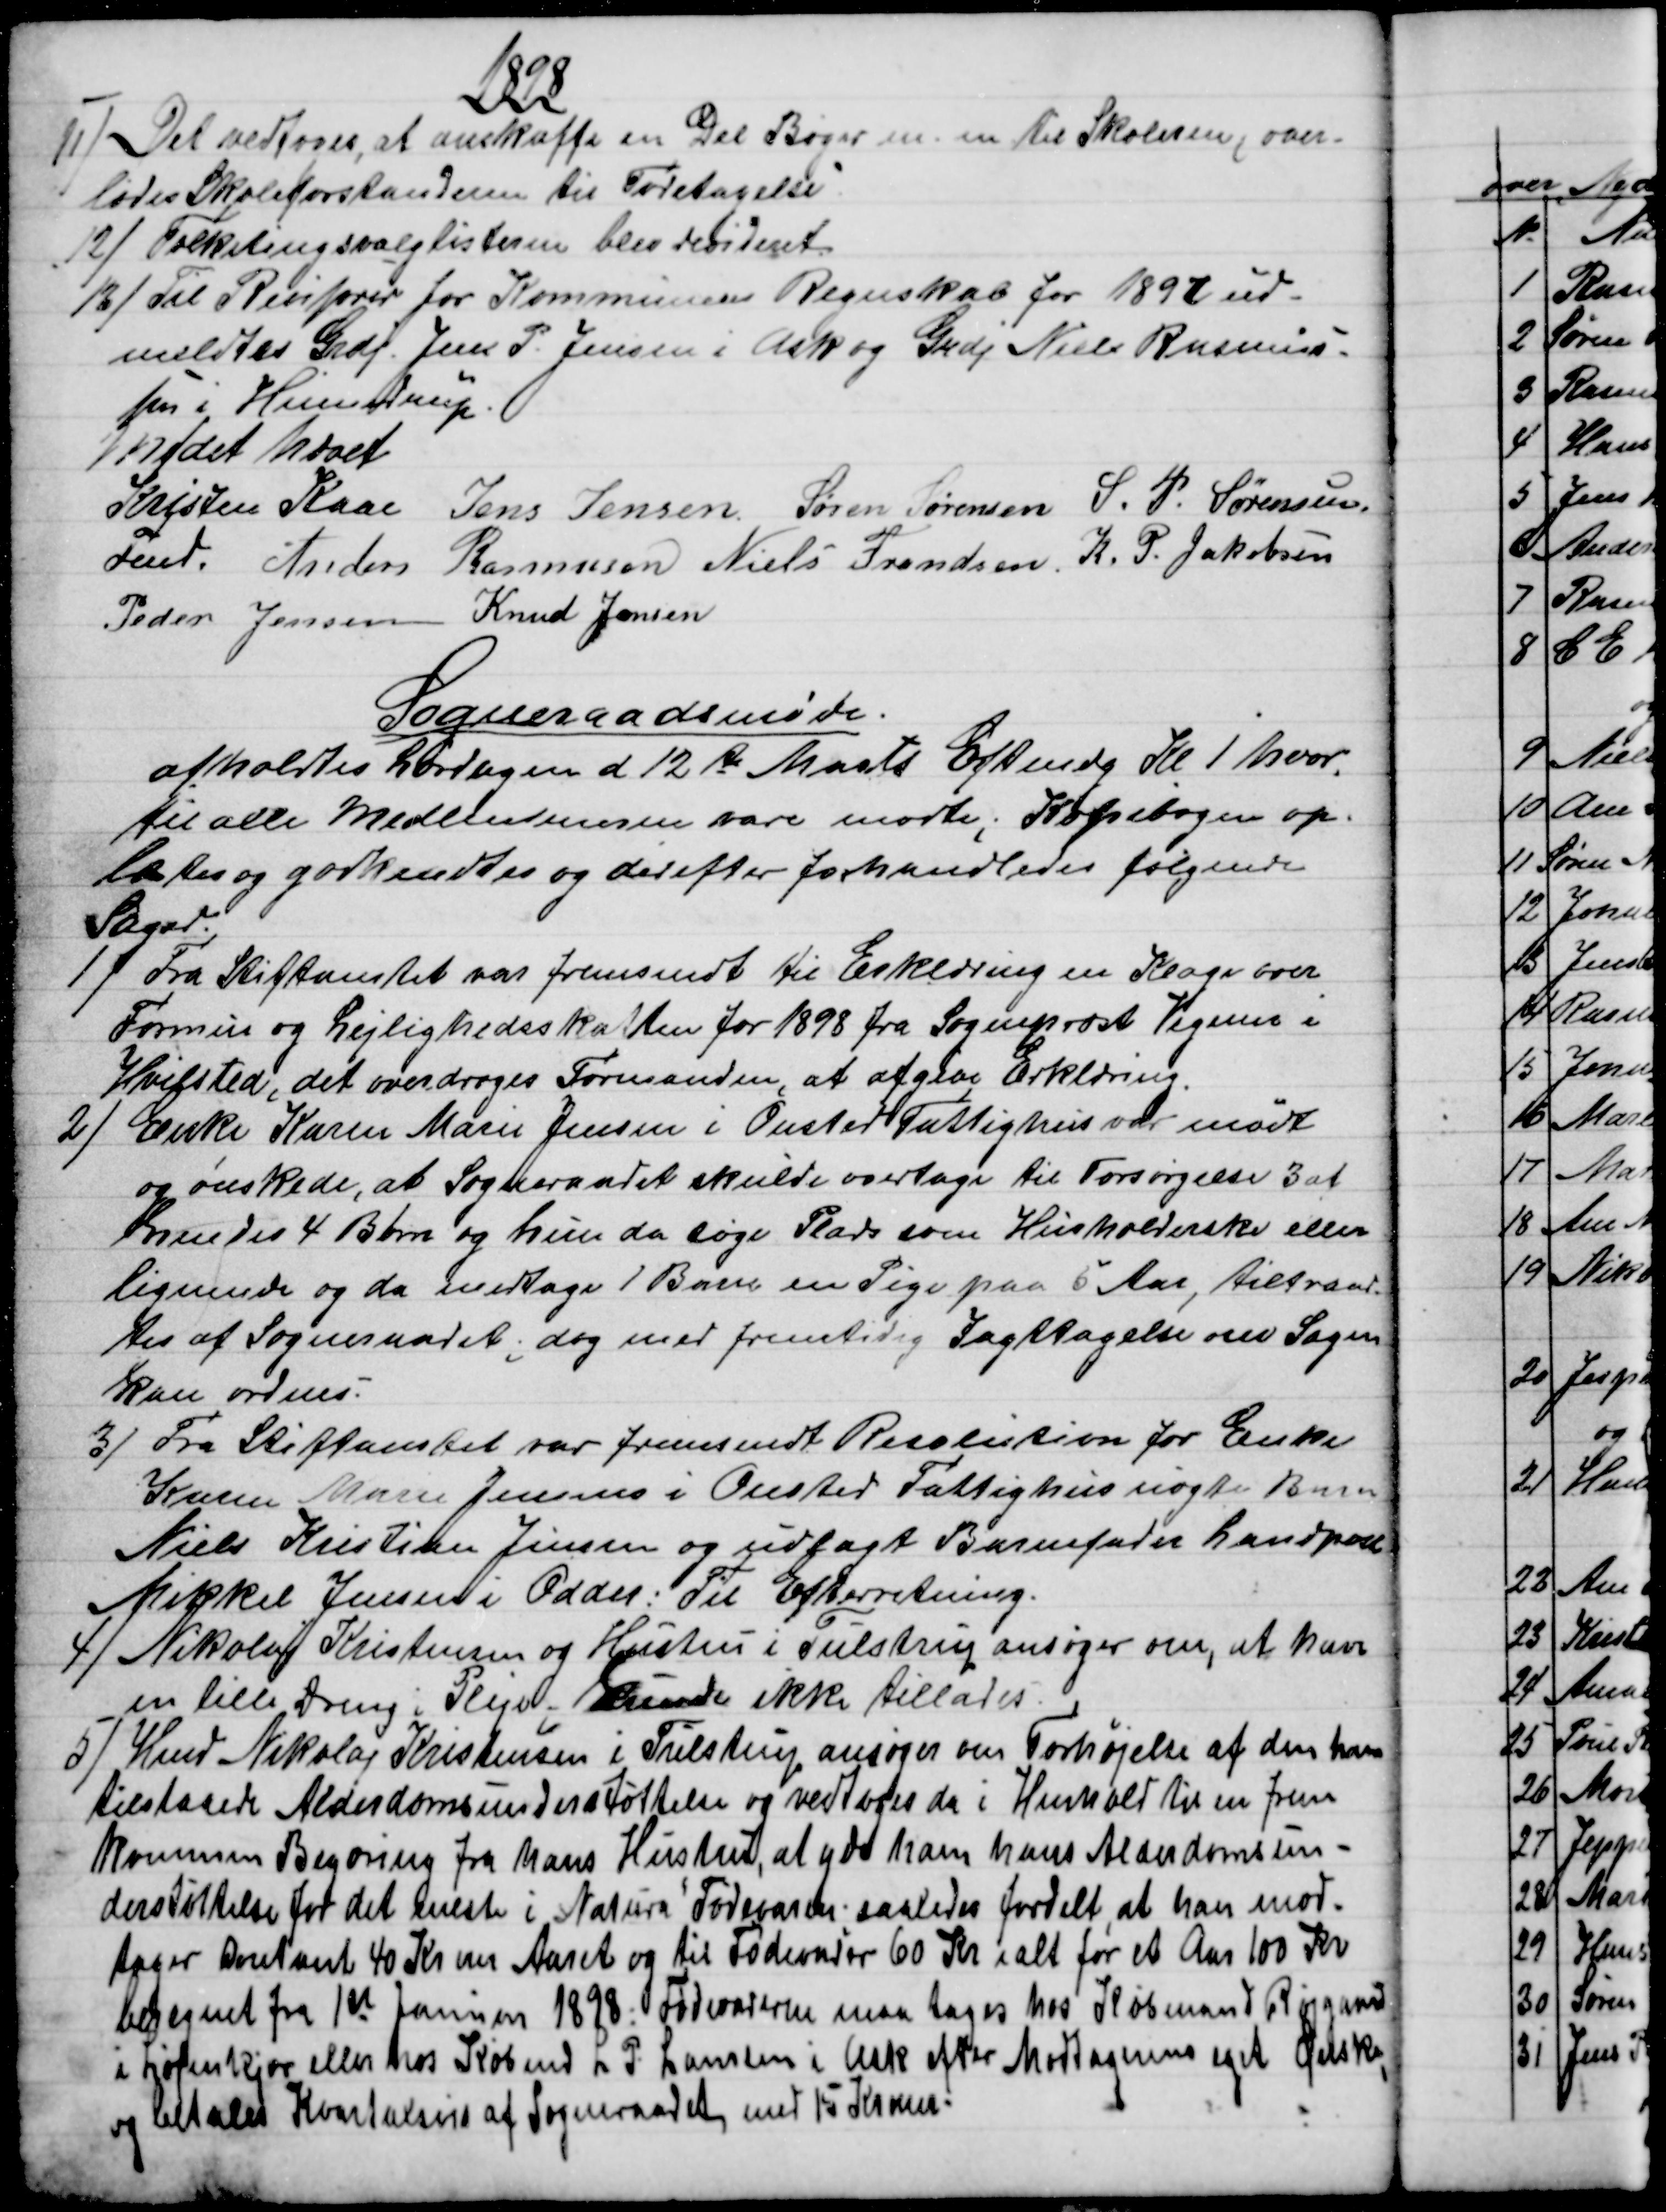
Transskription:
1898
11) 
Det vedtoges, at anskaffe en Del Bøger m. m. til Skolerne, over-
lodes Skoleforstanderne til Foretagelse
12) 
Folketingsvalglisterne blev revideret.
13) 
Til Revisorer for Kommunens Regnskab for 1897 ud-
meldtes Grdj. Jens P. Jensen i Ask og Grdj Niels Rasmus-
sen i Hinnedrup.
Mødet hævet
Kristen Kaae  
Fmd. 
Jens Jensen  Søren Sørensen  S. P. Sørensen
Anders Rasmussen  Niels Frendsen, K. P. Jakobsen
Peder Jensen Knud Jensen
Sogneraadsmøde.
afholdtes Lørdagen d 12te Marts Eftmdg Kl. 1 hvor-
til alle Medlemmerne vare mødte; Kopibogen op-
læstes og godkendtes og derefter forhandledes følgende
Sager.
1)
Fra Stiftamtet var fremsendt til Erklæring en Klage over
Formue og Lejlighedsskatten for 1898 fra Sognepræst Vegener i
Hvilsted, det overdroges Formanden, at afgive Erklæring.
2) 
Enke Karen Marie Jensen i Onsted Fattighus var mødt
og ønskede, at Sogneraadet skulde overtage til Forsørgelse 3 af
hendes 4 Børn og hun da søge Plads som Husholderske eller
lignende og da medtage 1 Barn en Pige paa 5 Aar, tiltraad-
tes af Sogneraadet; dog med fremtidig Iagttagelse om Sagen
kan ordnes.
3) 
Fra Stiftamtet var fremsendt Resolution for Enke
Karen Marie Jensens i Onsted Fattighus uægte Barn
Niels Kristian Jensen og udlagt Barnefader Landpost
Mikkel Jensen i Odder: Til Efterretning.
4)
Nikolaj Kristensen og Hustru i Tulstrup ansøger om, at have
en lille Dreng i Pleje; kunde ikke tillades.
5) 
Hmd Nikolaj Kristensen i Tulstrup ansøger om Forhøjelse af den ham
tilstaaede Alderdomsunderstøttelse og vedtoges da i Henhold til en frem
kommen Begæring fra hans Hustru, at yde ham hans Alderdomsun-
derstøttelse for det eneste i Natura Fødevarer; saaledes fordelt, at han mod-
tager kontant 40 Kr om Aaret og til Fødevarer 60 Kr ialt for et Aar 100 Kr
betegnet fra 1st Januar 1898: Fødevarerne maa tages hos Købmand Røjgaard
i Løjenkjær eller hos Købmd L P. Laursen i Ask efter Modtagerens eget Ønske,
og betales Kvartalsvis af Sogneraadet med 15 Kroner.